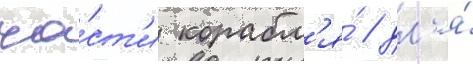
ча́ст'и корабл'я́ / дл'я́